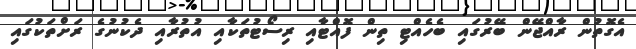
އެގޮތުން ރާއްޖޭން ބޭރުގައި ބެހެއްޓި ތިން ފޮއްޓާއި ރިސޯޓުތަކާއި އުތުރާއި ދެކުނުގެ ރަށްތަކުގައި